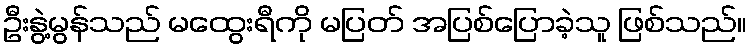
ဦးနွဲ့မွန်သည် မထွေးရီကို မပြတ် အပြစ်ပြောခဲ့သူ ဖြစ်သည်။